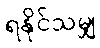
ရနိုင်သမျှ